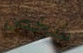
شخص